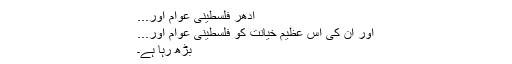
ادھر فلسطینی عوام اور...
اور ان کی اس عظیم خیانت کو فلسطینی عوام اور...
بڑھ رہا ہے۔